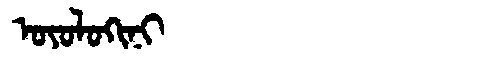
Manchu: ᠣᠶᠣᠯᠣᡴᡳᠨᡳ
Romanization: OYOLOKINI